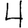
Digit: 4